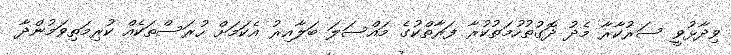
ވިދާޅުވީ ސަރުކާރާ މެދު ދޮގުތުހުމަތުކުރާ ފަރާތްކުގެ މައްސަލަ ބަލާއިރު އެކަމަށް ހުރަސްތަކެއް ކުރިމަތިވަމުންދާ